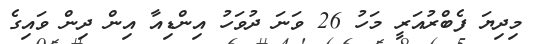
މިދިޔަ ފެބްރުއަރީ މަހު 26 ވަނަ ދުވަހު އިންޑިއާ އިން ދިން ވައިގެ